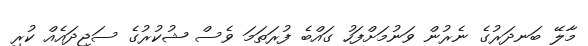
މާލޭ ބަނދަރުގެ ނެރުން ވަނުމަށްފަހު ގައްބެ ފުރަތަމަ ވެސް ޝުކުރުގެ ސަޖިދައެއް ކުރި